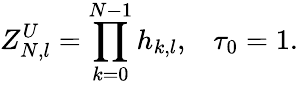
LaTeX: Z_{N,l}^{U}=\prod_{k=0}^{N-1}h_{k,l},\; \; \; \tau_{0}=1.